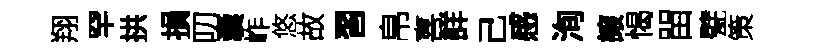
翔罕拱損叨囊岞悠故習帛喜詳己感洵譲愒㽞甓策